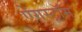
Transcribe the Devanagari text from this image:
ऐंगस्ट्रॉम